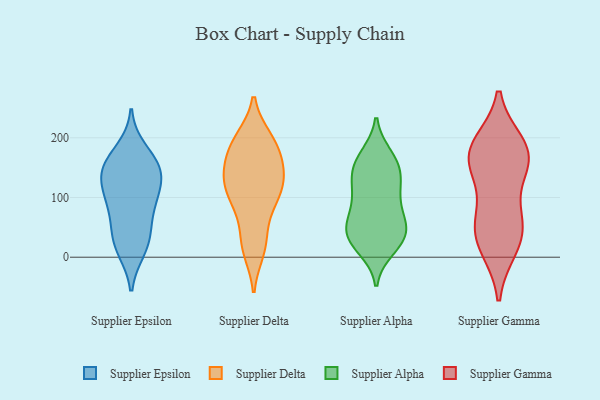
{"axis": {"x": "Demand Index", "y": "Value"}, "legend": ["Supplier Alpha", "Supplier Delta", "Supplier Epsilon", "Supplier Gamma"], "data": [{"x": "", "y": 13, "type": "Supplier Epsilon"}, {"x": "", "y": 156, "type": "Supplier Epsilon"}, {"x": "", "y": 149, "type": "Supplier Epsilon"}, {"x": "", "y": 84, "type": "Supplier Epsilon"}, {"x": "", "y": 144, "type": "Supplier Epsilon"}, {"x": "", "y": 113, "type": "Supplier Epsilon"}, {"x": "", "y": 151, "type": "Supplier Epsilon"}, {"x": "", "y": 39, "type": "Supplier Epsilon"}, {"x": "", "y": 134, "type": "Supplier Epsilon"}, {"x": "", "y": 91, "type": "Supplier Epsilon"}, {"x": "", "y": 42, "type": "Supplier Epsilon"}, {"x": "", "y": 17, "type": "Supplier Epsilon"}, {"x": "", "y": 99, "type": "Supplier Epsilon"}, {"x": "", "y": 179, "type": "Supplier Epsilon"}, {"x": "", "y": 124, "type": "Supplier Delta"}, {"x": "", "y": 158, "type": "Supplier Delta"}, {"x": "", "y": 16, "type": "Supplier Delta"}, {"x": "", "y": 196, "type": "Supplier Delta"}, {"x": "", "y": 155, "type": "Supplier Delta"}, {"x": "", "y": 123, "type": "Supplier Delta"}, {"x": "", "y": 153, "type": "Supplier Delta"}, {"x": "", "y": 199, "type": "Supplier Delta"}, {"x": "", "y": 129, "type": "Supplier Delta"}, {"x": "", "y": 11, "type": "Supplier Delta"}, {"x": "", "y": 194, "type": "Supplier Delta"}, {"x": "", "y": 91, "type": "Supplier Delta"}, {"x": "", "y": 113, "type": "Supplier Delta"}, {"x": "", "y": 183, "type": "Supplier Delta"}, {"x": "", "y": 33, "type": "Supplier Delta"}, {"x": "", "y": 74, "type": "Supplier Delta"}, {"x": "", "y": 102, "type": "Supplier Delta"}, {"x": "", "y": 47, "type": "Supplier Alpha"}, {"x": "", "y": 107, "type": "Supplier Alpha"}, {"x": "", "y": 72, "type": "Supplier Alpha"}, {"x": "", "y": 57, "type": "Supplier Alpha"}, {"x": "", "y": 76, "type": "Supplier Alpha"}, {"x": "", "y": 23, "type": "Supplier Alpha"}, {"x": "", "y": 142, "type": "Supplier Alpha"}, {"x": "", "y": 24, "type": "Supplier Alpha"}, {"x": "", "y": 97, "type": "Supplier Alpha"}, {"x": "", "y": 37, "type": "Supplier Alpha"}, {"x": "", "y": 145, "type": "Supplier Alpha"}, {"x": "", "y": 126, "type": "Supplier Alpha"}, {"x": "", "y": 15, "type": "Supplier Alpha"}, {"x": "", "y": 170, "type": "Supplier Alpha"}, {"x": "", "y": 45, "type": "Supplier Alpha"}, {"x": "", "y": 162, "type": "Supplier Alpha"}, {"x": "", "y": 124, "type": "Supplier Alpha"}, {"x": "", "y": 38, "type": "Supplier Alpha"}, {"x": "", "y": 165, "type": "Supplier Alpha"}, {"x": "", "y": 155, "type": "Supplier Gamma"}, {"x": "", "y": 23, "type": "Supplier Gamma"}, {"x": "", "y": 176, "type": "Supplier Gamma"}, {"x": "", "y": 180, "type": "Supplier Gamma"}, {"x": "", "y": 148, "type": "Supplier Gamma"}, {"x": "", "y": 188, "type": "Supplier Gamma"}, {"x": "", "y": 169, "type": "Supplier Gamma"}, {"x": "", "y": 55, "type": "Supplier Gamma"}, {"x": "", "y": 51, "type": "Supplier Gamma"}, {"x": "", "y": 72, "type": "Supplier Gamma"}, {"x": "", "y": 17, "type": "Supplier Gamma"}]}